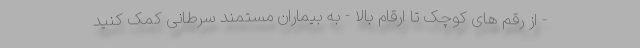
- از رقم های کوچک تا ارقام بالا - به بیماران مستمند سرطانی کمک کنید